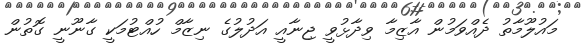
މައުލޫމާތު ދެއްވަމުން އާޒިމާ ވިދާޅުވީ ޖިނާއީ އަދުލުގެ ނިޒާމް ހުއްޓުމަކީ ގާނޫނީ ގޮތުން